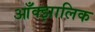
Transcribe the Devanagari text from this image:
आँक्झालिक